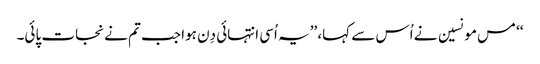
‘‘ مس مونسین نے اُس سے کہا، ’’یہ اُسی انتہائی دِن ہوا جب تم نے نجات پائی۔